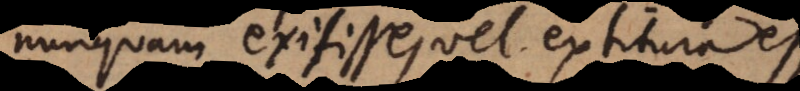
nunquam ex[t]itisse, vel extitura esse.